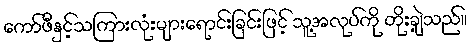
ကော်ဖီနှင့်သကြားလုံးများရောင်းခြင်းဖြင့် သူ့အလုပ်ကို တိုးချဲ့သည်။